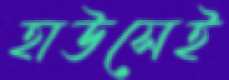
হাউসেই